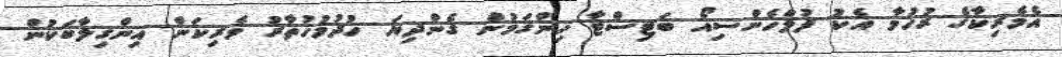
އެމެރިކާގެ ރުހުމާ އެކު ފުލްހެންސިއޯ ބަޓިސްޓާ ހިންގަމުން ގެންދިޔަ ހުދުމުހުތާރު ވެރިކަން އިންގިލާބަކުން